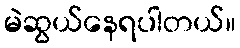
မဲဆွယ်နေရပါတယ်။